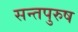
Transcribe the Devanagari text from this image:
सन्तपुरुष